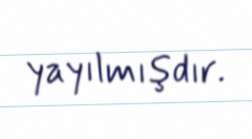
yayılmışdır.